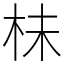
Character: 㭑